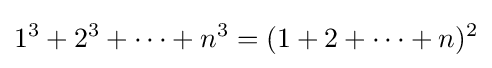
1^{3}+2^{3}+\cdots +n^{3}=(1+2+\cdots +n)^{2}